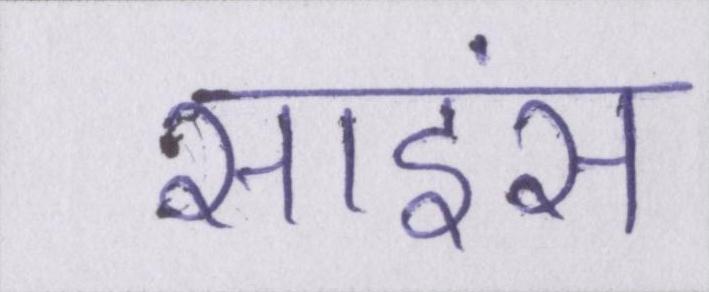
साइंस